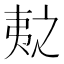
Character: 𫡛